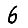
Digit: 6